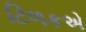
ટિળકએ